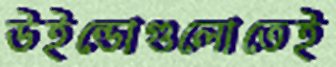
উইন্ডোগুলোতেই